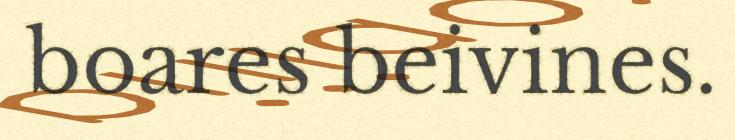
boares beivines.